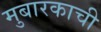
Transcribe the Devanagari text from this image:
मुबारकाची